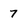
Character: 7